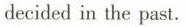
decided in the past.